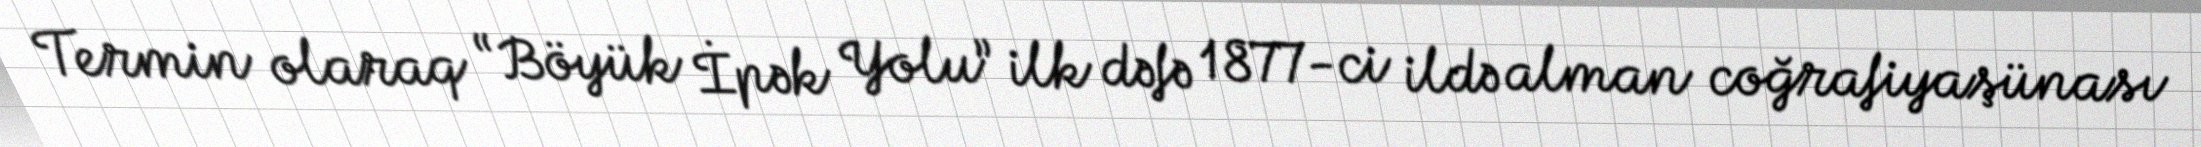
Termin olaraq “Böyük İpək Yolu” ilk dəfə 1877-ci ildə alman coğrafiyaşünası